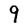
Character: 9